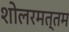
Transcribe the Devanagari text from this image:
शोलरमत्तम